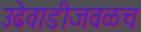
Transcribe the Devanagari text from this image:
उढेवाडीजवळच